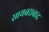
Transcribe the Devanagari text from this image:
सायबराबाद